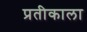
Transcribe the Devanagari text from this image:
प्रतीकाला